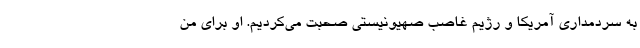
به سردمداری آمریکا و رژیم غاصب صهیونیستی صحبت می‌کردیم. او برای من